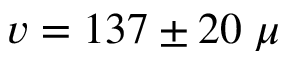
v = 1 3 7 \pm 2 0 \; \mu